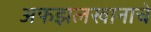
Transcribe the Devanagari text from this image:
अफझलखानाचे